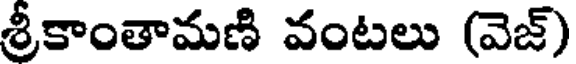
శ్రీకాంతామణి వంటలు (వెజ్)